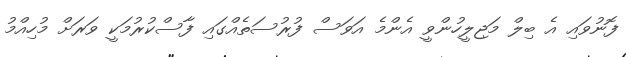
ފޮނުވައި އެ ބިލް މަޖިލީހުންވީ އެންމެ އަވަސް ފުރުސަތެއްގައި ފާސްކުރުމަކީ ވަރަށް މުހިއްމު